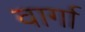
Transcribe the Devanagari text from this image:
वार्गा